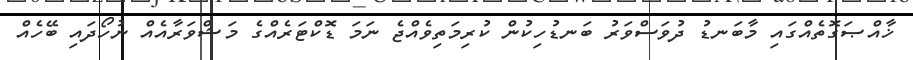
ޚާއްޞަގޮތެއްގައި މާބަނޑު ދުވަސްވަރު ބަނޑުހިކުން ކުރިމަތިވެއްޖެ ނަމަ ޑޮކްޓަރެއްގެ މަޝްވަރާއެއް ނުހޯދައި ބޭހެއް